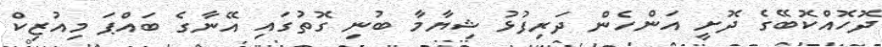
ދޮހޮއްކޮބޭގެ ދޮށީ އަންހެން ދަރިފުޅު ޝިޔާމާ ބުނި ގޮތުގައި އޭނާގެ ބައްޕަ މިއުޒިކް